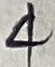
Text: 4